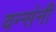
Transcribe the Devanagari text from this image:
वन्संनी